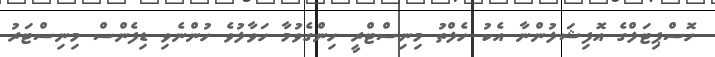
ހޮސްޕިޓަލްގެ އޮފިޝަލުންނާ އެކު ހެލްތު މިނިސްޓްރީ ހިންގެވުމާ ހަވާލުވެ ހުންނެވި ޑިފެންސް މިނިސްޓަރު